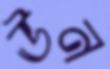
ঊন